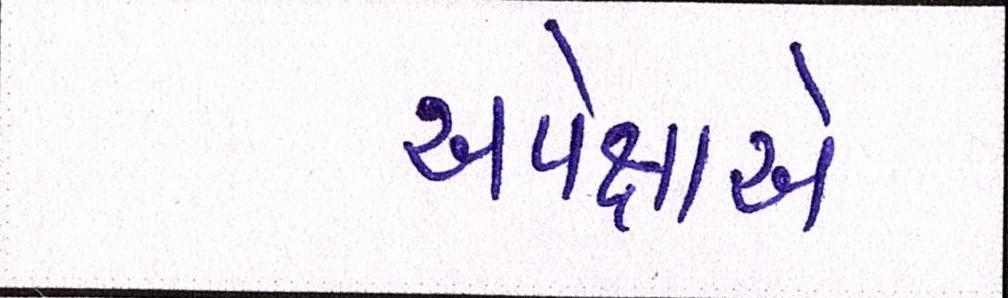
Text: અપેક્ષાએ